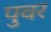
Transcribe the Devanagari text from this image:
पुवर